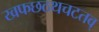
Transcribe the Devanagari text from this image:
खफछठथचटतव्